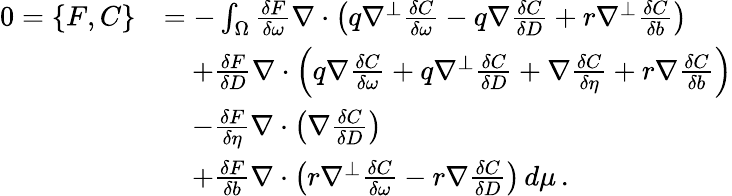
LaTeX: \begin{array}{rl}{0=\{ F,C\} }&{=-\int_{\Omega}\frac{\delta F}{\delta\omega}\nabla\cdot\left(q\nabla^{\perp}\frac{\delta C}{\delta\omega}-q\nabla\frac{\delta C}{\delta D}+r\nabla^{\perp}\frac{\delta C}{\delta b}\right)}\\ &{\quad+\frac{\delta F}{\delta D}\nabla\cdot\left(q\nabla\frac{\delta C}{\delta\omega}+q\nabla^{\perp}\frac{\delta C}{\delta D}+\nabla\frac{\delta C}{\delta\eta}+r\nabla\frac{\delta C}{\delta b}\right)}\\ &{\quad-\frac{\delta F}{\delta\eta}\nabla\cdot\left(\nabla\frac{\delta C}{\delta D}\right)}\\ &{\quad+\frac{\delta F}{\delta b}\nabla\cdot\left(r\nabla^{\perp}\frac{\delta C}{\delta\omega}-r\nabla\frac{\delta C}{\delta D}\right)\, d\mu\, .}\end{array}